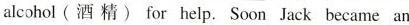
alcohol(酒精) for help.Soon Jack became an